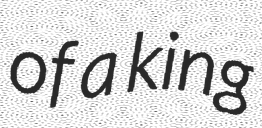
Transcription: of a king